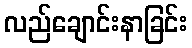
လည်ချောင်းနာခြင်း